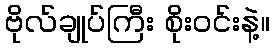
ဗိုလ်ချုပ်ကြီး စိုးဝင်းနဲ့။